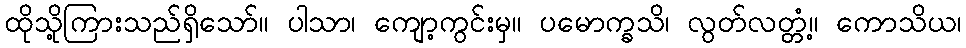
ထိုသို့ကြားသည်ရှိသော်။ ပါသာ၊ ကျော့ကွင်းမှ။ ပမောက္ခသိ၊ လွတ်လတ္တံ့။ ကောသိယ၊